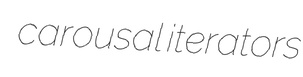
carousal iterators